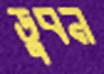
ডুবন